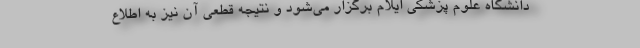
دانشگاه علوم پزشکی ایلام برگزار می‌شود و نتیجه قطعی آن نیز به اطلاع